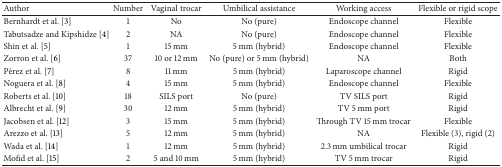
<table><thead><tr><td><b>Author</b></td><td><b>Number</b></td><td><b>Vaginal trocar</b></td><td><b>Umbilical assistance </b></td><td><b>Working access</b></td><td><b>Flexible or rigid scope</b></td></tr></thead><tbody><tr><td>Bernhardt et al. [3]</td><td>1</td><td>No</td><td>No (pure)</td><td>Endoscope channel</td><td>Flexible</td></tr><tr><td>Tabutsadze and Kipshidze [4]</td><td>2</td><td>NA</td><td>No (pure)</td><td>Endoscope channel</td><td>Flexible</td></tr><tr><td>Shin et al. [5]</td><td>1</td><td>15 mm</td><td>5 mm (hybrid)</td><td>Endoscope channel</td><td>Flexible</td></tr><tr><td>Zorron et al. [6]</td><td>37</td><td>10 or 12 mm</td><td>No (pure) or 5 mm (hybrid)</td><td>NA</td><td>Both</td></tr><tr><td>Pérez et al. [7]</td><td>8</td><td>11 mm</td><td>5 mm (hybrid)</td><td>Laparoscope channel</td><td>Rigid</td></tr><tr><td>Noguera et al. [8]</td><td>4</td><td>15 mm</td><td>5 mm (hybrid)</td><td>Endoscope channel</td><td>Flexible</td></tr><tr><td>Roberts et al. [10]</td><td>18</td><td>SILS port</td><td>No (pure)</td><td>TV SILS port</td><td>Rigid</td></tr><tr><td>Albrecht et al. [9]</td><td>30</td><td>12 mm</td><td>5 mm (hybrid)</td><td>TV 5 mm port</td><td>Rigid</td></tr><tr><td>Jacobsen et al. [12]</td><td>3</td><td>15 mm</td><td>5 mm (hybrid)</td><td>Through TV 15 mm trocar</td><td>Flexible</td></tr><tr><td>Arezzo et al. [13]</td><td>5</td><td>12 mm</td><td>5 mm (hybrid)</td><td>NA</td><td>Flexible (3), rigid (2)</td></tr><tr><td>Wada et al. [14]</td><td>1</td><td>12 mm</td><td>5 mm (hybrid)</td><td>2.3 mm umbilical trocar</td><td>Rigid</td></tr><tr><td>Mofid et al. [15]</td><td>2</td><td>5 and 10 mm </td><td>5 mm (hybrid)</td><td>TV 5 mm trocar</td><td>Rigid</td></tr></tbody></table>